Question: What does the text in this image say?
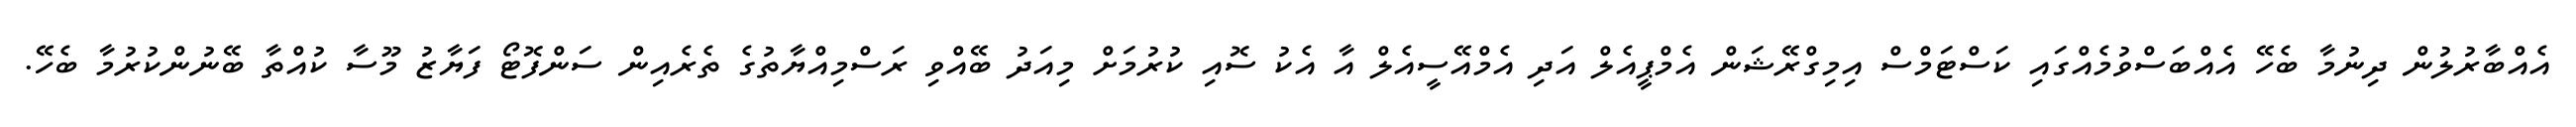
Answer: އެއްބާރުލުން ދިނުމާ ބެހޭ އެއްބަސްވުމެއްގައި ކަސްޓަމްސް އިމިގްރޭޝަން އެމްޕީއެލް އަދި އެމްއޭސީއެލް އާ އެކު ސޮއި ކުރުމަށް މިއަދު ބޭއްވި ރަސްމިއްޔާތުގެ ތެރެއިން ސަންފޮޓޯ ފަޔާޒު މޫސާ ކުއްތާ ބޭނުންކުރުމާ ބެހޭ.